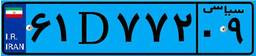
۶۱D۷۷۲۰۹